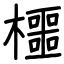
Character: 櫮